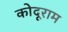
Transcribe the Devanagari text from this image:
कोदूराम